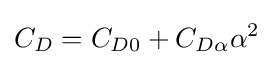
C_{D}=C_{D0}+C_{D\alpha }\alpha ^{2}